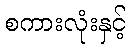
စကားလုံးနှင့်